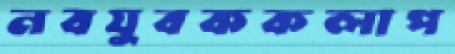
নবযুবককলাপ